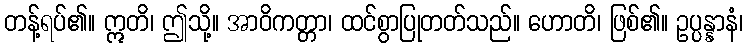
တန့်ရပ်၏။ ဣတိ၊ ဤသို့။ အာဝိကတ္တာ၊ ထင်စွာပြုတတ်သည်။ ဟောတိ၊ ဖြစ်၏။ ဥပ္ပန္နာနံ၊